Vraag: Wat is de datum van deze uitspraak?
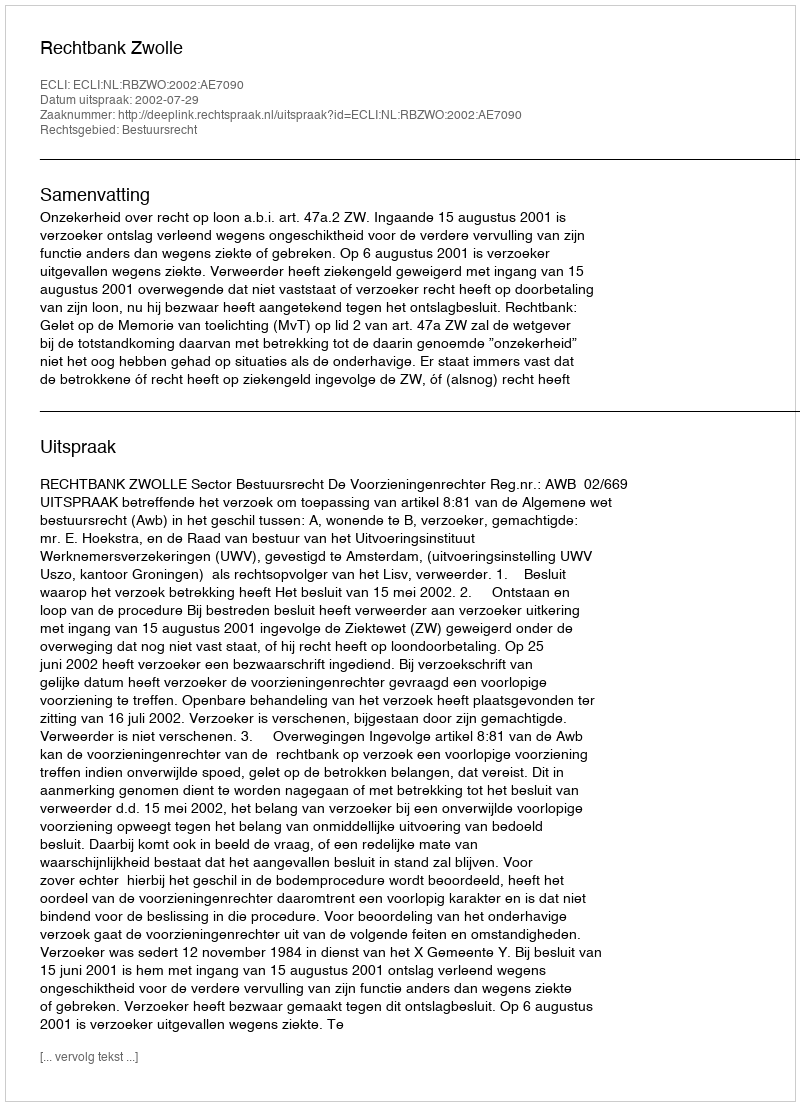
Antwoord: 2002-07-29